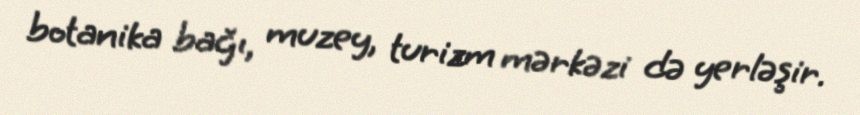
botanika bağı, muzey, turizm mərkəzi də yerləşir.